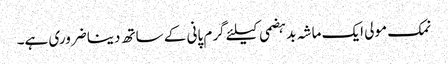
نمک مولی ایک ماشہ بدہضمی کیلئے گرم پانی کے ساتھ دینا ضروری ہے۔